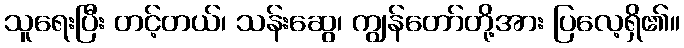
သူရေးပြီး တင့်တယ်၊ သန်းဆွေ၊ ကျွန်တော်တို့အား ပြလေ့ရှိ၏။